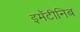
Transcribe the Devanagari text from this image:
इमॅटीनिब